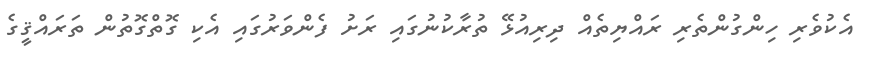
އެކުވެރި ހިންގުންތެރި ރައްޔިތެއް ދިރިއުޅޭ ތުރާކުނުގައި ރަށު ފެންވަރުގައި އެކި ގޮތްގޮތުން ތަރައްޤީގެ